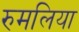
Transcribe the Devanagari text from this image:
रुमलिया